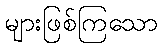
များဖြစ်ကြသော